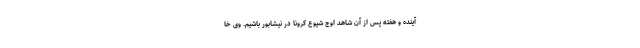
آینده و هفته پس از آن شاهد اوج شیوع کرونا در نیشابور باشیم. وی خا